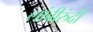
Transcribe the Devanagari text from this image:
लांबीरुंदी